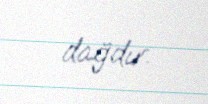
dağdır.